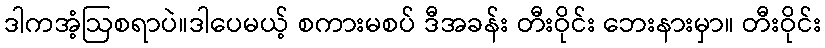
ဒါကအံ့ဩစရာပဲ။ဒါပေမယ့် စကားမစပ် ဒီအခန်း တီးဝိုင်း ဘေးနားမှာ။ တီးဝိုင်း